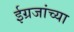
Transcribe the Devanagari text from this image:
ईग्रजांच्या